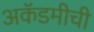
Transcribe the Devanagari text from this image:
अकॅडमीची